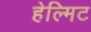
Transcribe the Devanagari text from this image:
हेल्मिट